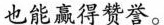
也能赢得赞誉。